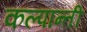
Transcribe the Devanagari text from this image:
कल्पान्ती